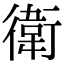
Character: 衛